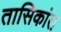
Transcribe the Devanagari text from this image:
तासिकांत